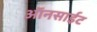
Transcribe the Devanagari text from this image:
ऑनसाईट